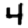
Digit: 4